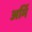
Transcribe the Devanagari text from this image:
अर्मि